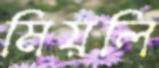
মিয়লি